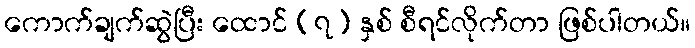
ကောက်ချက်ဆွဲပြီး ထောင် (၇) နှစ် စီရင်လိုက်တာ ဖြစ်ပါတယ်။